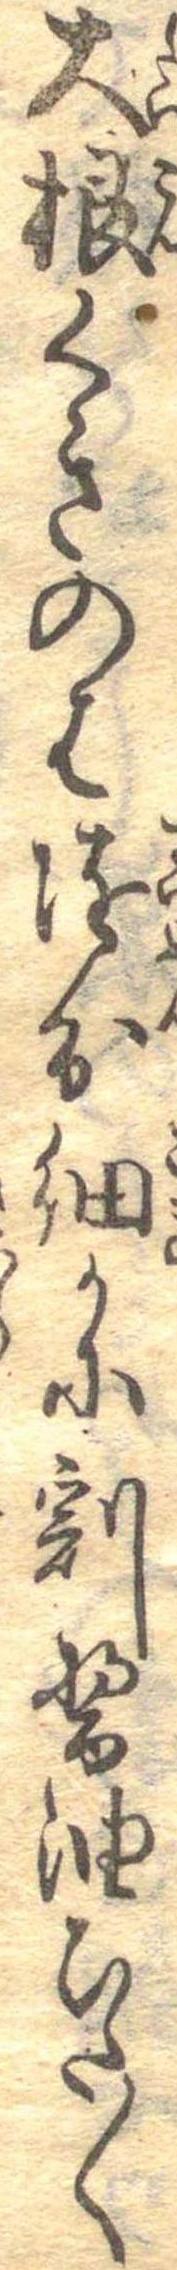
大根くきのは随分細かに割醤油ひた〱